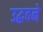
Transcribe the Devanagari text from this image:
उद्धवने